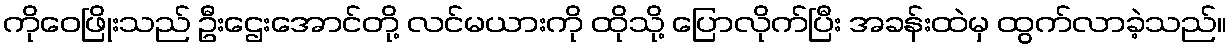
ကိုဝေဖြိုးသည် ဦးဌေးအောင်တို့ လင်မယားကို ထိုသို့ ပြောလိုက်ပြီး အခန်းထဲမှ ထွက်လာခဲ့သည်။